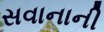
સવાનાની